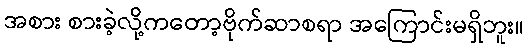
အစား စားခဲ့လို့ကတော့ဗိုက်ဆာစရာ အကြောင်းမရှိဘူး။